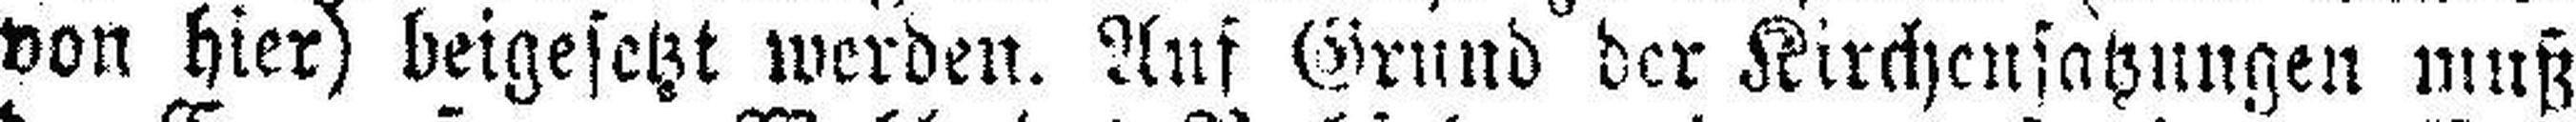
von hier) beigesetzt werden. Auf Grund der Kirchensatzungen muß